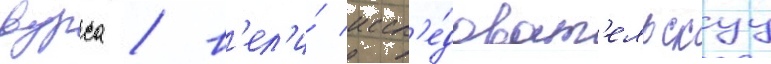
вурса / в'ел'и́ иссл'е́доват'ельскуу